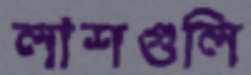
লাশগুলি